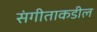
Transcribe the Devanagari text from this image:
संगीताकडील